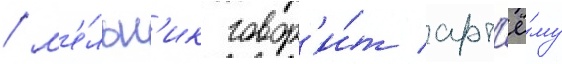
/ м'е́льн'ик говор'и́т арт'ё́му